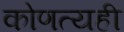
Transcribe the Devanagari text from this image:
कोणत्यही